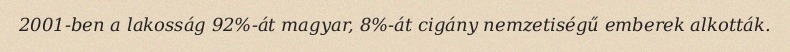
2001-ben a lakosság 92%-át magyar, 8%-át cigány nemzetiségű emberek alkották.